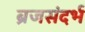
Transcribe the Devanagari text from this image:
ब्रजसंदर्भ